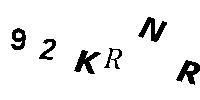
92KRNR